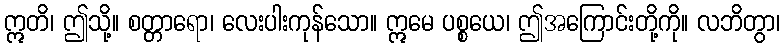
ဣတိ၊ ဤသို့။ စတ္တာရော၊ လေးပါးကုန်သော။ ဣမေ ပစ္စယေ၊ ဤအကြောင်းတို့ကို။ လဘိတွာ၊